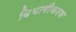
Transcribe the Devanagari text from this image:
विभागीकरण